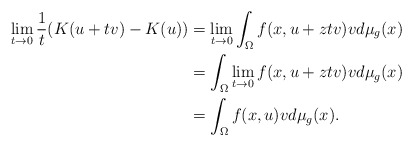
\begin{align*}\lim_{t\to 0}\frac{1}{t}(K(u+tv)-K(u))&=\lim_{t\to 0}\int_\Omega f(x,u+z tv)vd\mu _g(x)\\&=\int_\Omega\lim_{t\to 0}f(x,u+z tv)vd\mu _g(x)\\&=\int_\Omega f(x,u)vd\mu _g(x).\end{align*}